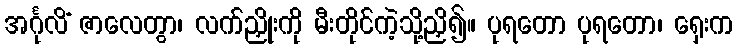
အင်္ဂုလိံ ဇာလေတွာ၊ လက်ညှိုးကို မီးတိုင်ကဲ့သို့ညှိ၍။ ပုရတော ပုရတော၊ ရှေးက